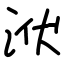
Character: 洑